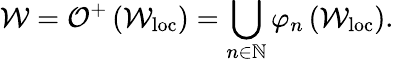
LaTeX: \mathcal{W}=\mathcal{{O}}^{+}\left(\mathcal{W}_{\mathrm{{loc}}}\right)=\bigcup_{n\in\mathbb{{N}}}\varphi_{n}\left(\mathcal{W}_{\mathrm{{loc}}}\right).